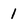
Character: 1